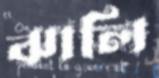
ঝালি